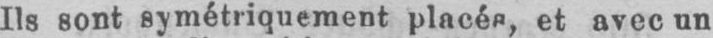
et avec un